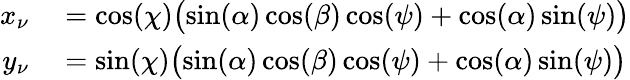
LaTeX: \begin{array}{rl}{x_{\nu}}&{{}=\cos(\chi)\big(\! \sin(\alpha)\cos(\beta)\cos(\psi)+\cos(\alpha)\sin(\psi)\big)}\\ {y_{\nu}}&{{}=\sin(\chi)\big(\! \sin(\alpha)\cos(\beta)\cos(\psi)+\cos(\alpha)\sin(\psi)\big)}\end{array}